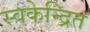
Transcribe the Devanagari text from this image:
स्वकेन्द्रित